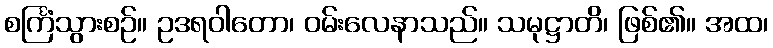
စင်္ကြံသွားစဉ်။ ဥဒရဝါတော၊ ဝမ်းလေနာသည်။ သမုဋ္ဌာတိ၊ ဖြစ်၏။ အထ၊